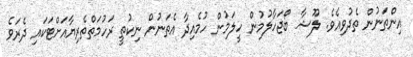
އިންތަނުން ތެދުވިއެވެ. ލޫޝާ ބޯޖަހާލުމުން ހީލަމުން ހުމެއިދާ އެތަނުން ނިކުތީ ރަހުމަތްތެރިޔާއަށްޓަކައި ދެރަވެ